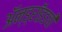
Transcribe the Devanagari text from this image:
ॲन्ड्रॉइडची